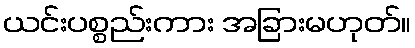
ယင်းပစ္စည်းကား အခြားမဟုတ်။